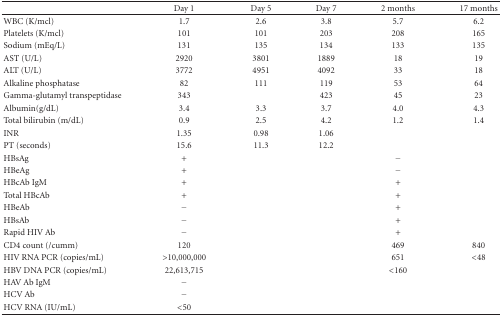
|  | Day 1 | Day 5 | Day 7 | 2 months | 17 months |
 | --- | --- | --- | --- | --- | --- |
 | WBC (K/mcl) | 1.7 | 2.6 | 3.8 | 5.7 | 6.2 |
 | Platelets (K/mcl) | 101 | 101 | 203 | 208 | 165 |
 | Sodium (mEq/L) | 131 | 135 | 134 | 133 | 135 |
 | AST (U/L) | 2920 | 3801 | 1889 | 18 | 19 |
 | ALT (U/L) | 3772 | 4951 | 4092 | 33 | 18 |
 | Alkaline phosphatase | 82 | 111 | 119 | 53 | 64 |
 | Gamma-glutamyl transpeptidase | 343 |  | 423 | 45 | 23 |
 | Albumin(g/dL) | 3.4 | 3.3 | 3.7 | 4.0 | 4.3 |
 | Total bilirubin (m/dL) | 0.9 | 2.5 | 4.2 | 1.2 | 1.4 |
 | INR | 1.35 | 0.98 | 1.06 |  |  |
 | PT (seconds) | 15.6 | 11.3 | 12.2 |  |  |
 | HBsAg | + |  |  | − |  |
 | HBeAg | + |  |  | − |  |
 | HBcAb IgM | + |  |  | + |  |
 | Total HBcAb | + |  |  | + |  |
 | HBeAb | − |  |  | + |  |
 | HBsAb | − |  |  | + |  |
 | Rapid HIV Ab | − |  |  | + |  |
 | CD4 count (/cumm) | 120 |  |  | 469 | 840 |
 | HIV RNA PCR (copies/mL) | >10,000,000 |  |  | 651 | <48 |
 | HBV DNA PCR (copies/mL) | 22,613,715 |  |  | <160 |  |
 | HAV Ab IgM | − |  |  |  |  |
 | HCV Ab | − |  |  |  |  |
 | HCV RNA (IU/mL) | <50 |  |  |  |  |